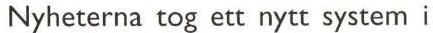
Nyheterna tog ett nytt system i